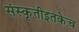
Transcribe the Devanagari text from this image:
संस्कृतीइतकेच